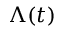
\Lambda ( t )